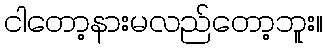
ငါတော့နားမလည်တော့ဘူး။